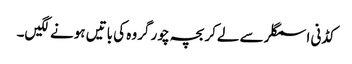
کڈنی اسمگلر سے لےکر بچہ چور گروہ کی باتیں ہونے لگیں۔